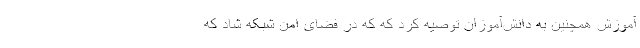
آموزش همچنین به دانش‌آموزان توصیه کرد که که در فضای امن شبکه شاد که